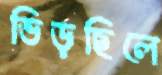
ভিড়ছিলে